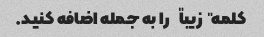
کلمه "زیبا" را به جمله اضافه کنید.